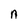
Character: n